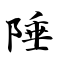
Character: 陲